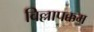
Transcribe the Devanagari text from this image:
विल्लापक्कम